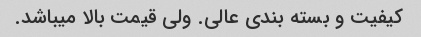
کیفیت و بسته بندی عالی. ولی قیمت بالا میباشد.